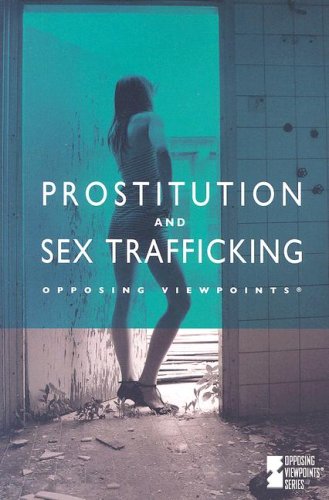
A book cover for Prostitution and Sex Trafficking (Opposing Viewpoints); Louise I. Gerdes; Teen & Young Adult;